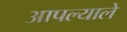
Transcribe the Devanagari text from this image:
आपल्याले